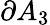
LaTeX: \partial A_{3}